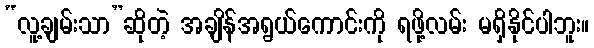
“လူ့ချမ်းသာ”ဆိုတဲ့ အချိန်အရွယ်ကောင်းကို ရဖို့လမ်း မရှိနိုင်ပါဘူး။